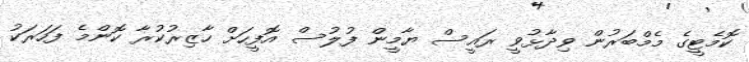
ކޮމެޓީގެ މެމްބަރުން ވިދާޅުވީ ރައީސް ޔާމީން ފުލުސް އޮފީހަށް ހާޒިރުކުރާ ކޮންމެ ފަހަރަކު